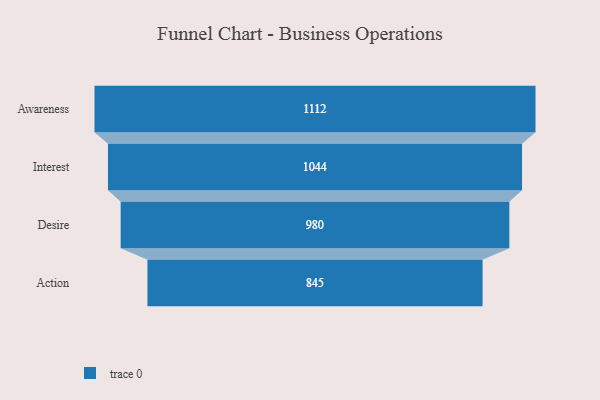
{"axis": {"x": "Stage", "y": "Value"}, "legend": [""], "data": [{"x": "Awareness", "y": 1112.0, "type": ""}, {"x": "Interest", "y": 1044.0, "type": ""}, {"x": "Desire", "y": 980.0, "type": ""}, {"x": "Action", "y": 845.0, "type": ""}]}